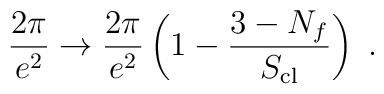
\frac{2\pi}{e^2}\rightarrow \frac{2\pi}{e^2}\left(1-\frac{3-N_{f}}{S_{\rm cl}}\right)\ .